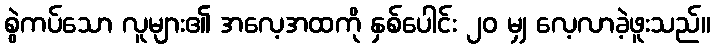
စွဲကပ်သော လူများ၏ အလေ့အထကို နှစ်ပေါင်း ၂၀ မျှ လေ့လာခဲ့ဖူးသည်။